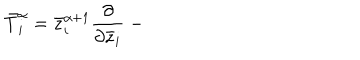
LaTeX: \bar { T } _ { i } ^ { \alpha } = \bar { z } _ { i } ^ { \alpha + 1 } { \frac { \partial } { \partial \bar { z } _ { i } } } ~ -